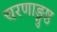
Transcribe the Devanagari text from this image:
चरणाङ्गुष्ठ